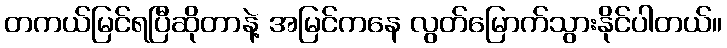
တကယ်မြင်ရပြီဆိုတာနဲ့ အမြင်ကနေ လွတ်မြောက်သွားနိုင်ပါတယ်။